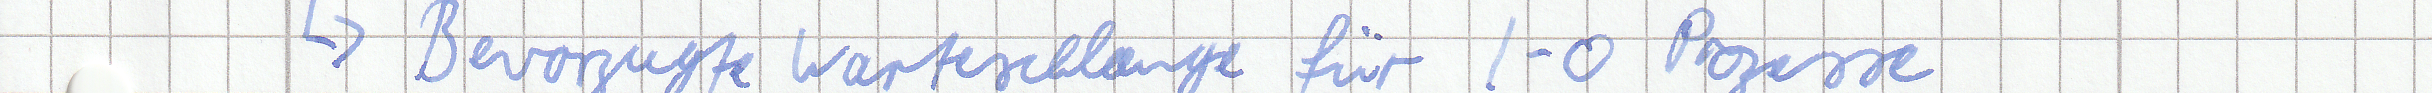
-> Bevorzugte Warteschlange für I-O Prozesse